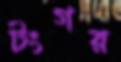
টংগর